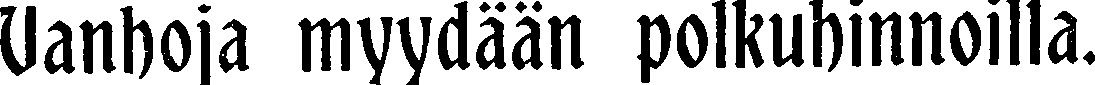
Vanhoja myydään polkuhinnoilla.